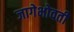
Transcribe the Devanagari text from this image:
जागेभोवती